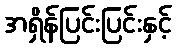
အရှိန်ပြင်းပြင်းနှင့်